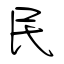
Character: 民